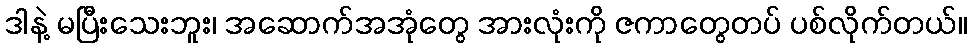
ဒါနဲ့ မပြီးသေးဘူး၊ အဆောက်အအုံတွေ အားလုံးကို ဇကာတွေတပ် ပစ်လိုက်တယ်။